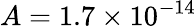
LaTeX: A=1.7\times 10^{-14}